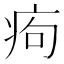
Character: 痀